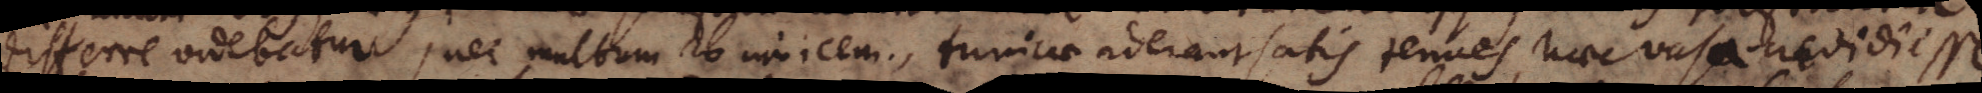
differre videbatur, nec multum ab invicem, tunicae aderant satis tenues, haec vasa credidi esse